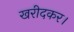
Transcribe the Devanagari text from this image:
खरीदकर।